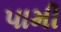
પામી